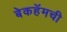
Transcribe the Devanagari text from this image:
बेकहॅमची